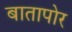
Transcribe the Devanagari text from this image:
बातापोर